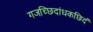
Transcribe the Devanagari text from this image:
गजच्छिदांधकछिदं